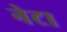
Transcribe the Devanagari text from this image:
नेटा